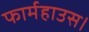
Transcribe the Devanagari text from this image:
फार्महाउस।